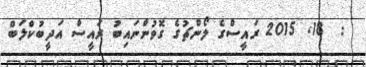
:  18